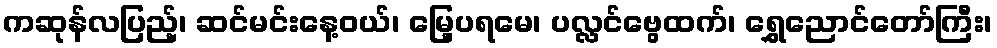
ကဆုန်လပြည့်၊ ဆင်မင်းနေ့ဝယ်၊ မြေ့ပရမေ၊ ပလ္လင်ဗွေထက်၊ ရွှေညောင်တော်ကြီး၊